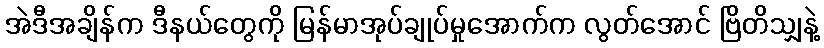
အဲဒီအချိန်က ဒီနယ်တွေကို မြန်မာအုပ်ချုပ်မှုအောက်က လွတ်အောင် ဗြိတိသျှနဲ့